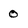
Character: 0